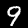
Label: 9